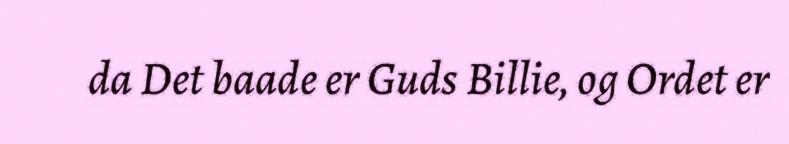
da Det baade er Guds Billie, og Ordet er